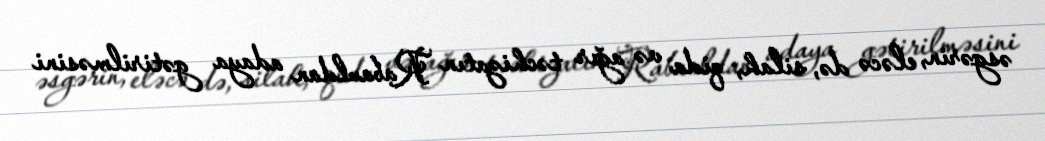
əsgərin, eləcə də, silah, qida və ağır təchizatın Rabauldan adaya gətirilməsini